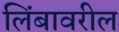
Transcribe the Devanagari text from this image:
लिंबावरील